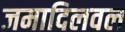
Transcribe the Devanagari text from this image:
जमादिलवल